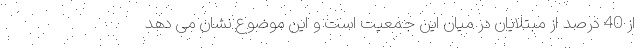
از 40 درصد از مبتلایان در میان این جمعیت است و این موضوع نشان می دهد